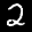
Label: 2